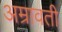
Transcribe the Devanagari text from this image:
अम्रावती